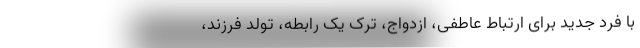
با فرد جدید برای ارتباط عاطفی، ازدواج، ترک یک رابطه، تولد فرزند،